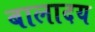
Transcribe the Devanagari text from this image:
बालादय